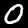
Label: 0